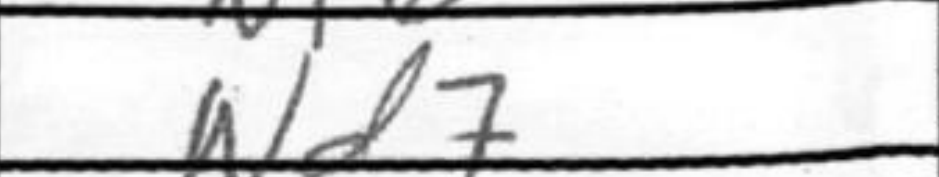
Transcription: Nd7